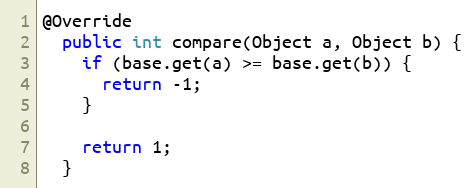
Language: Java
@Override
  public int compare(Object a, Object b) {
    if (base.get(a) >= base.get(b)) {
      return -1;
    }

    return 1;
  }